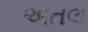
અતલ